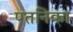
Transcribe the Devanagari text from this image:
पतनिका